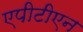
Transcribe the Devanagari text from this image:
एपीटीएन